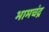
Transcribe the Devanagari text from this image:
भामचंद्र